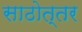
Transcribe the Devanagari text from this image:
साठोत्तर